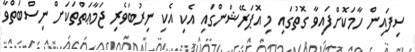
ސިފައިން ހާމަކޮށްފައިވާ ގޮތުގައި މި އޮޕަރޭޝަންގައި އެކި އެކި ނިރުބަވެރި ޖަމާޢަތްތަކަށް ނިސްބަތްވާ